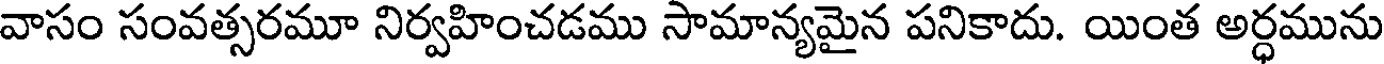
వాసం సంవత్సరమూ నిర్వహించడము సామాన్యమైన పనికాదు. యింత అర్ధమును